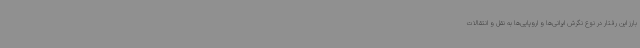
بارز این رفتار در نوع نگرش ایرانی‌ها و اروپایی‌ها به نقل و انتقالات